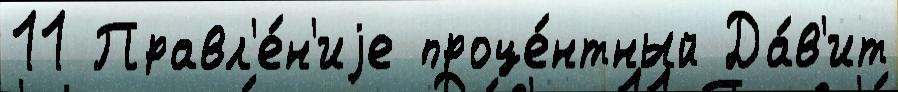
11 Правл'е́н'иjе проце́нтный Да́в'ит